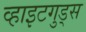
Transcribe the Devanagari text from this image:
व्हाइटगुड्स